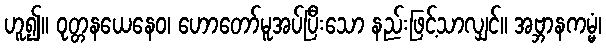
ဟူ၍။ ဝုတ္တနယေနေဝ၊ ဟောတော်မူအပ်ပြီးသော နည်းဖြင့်သာလျှင်။ အဗ္ဘာနကမ္မံ၊